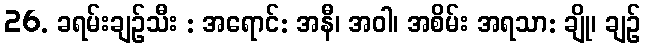
26. ခရမ်းချဉ်သီး : အရောင်: အနီ၊ အဝါ၊ အစိမ်း အရသာ: ချို၊ ချဉ်